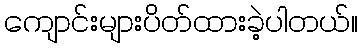
ကျောင်းများပိတ်ထားခဲ့ပါတယ်။